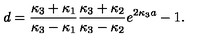
d = { \frac { \kappa _ { 3 } + \kappa _ { 1 } } { \kappa _ { 3 } - \kappa _ { 1 } } } { \frac { \kappa _ { 3 } + \kappa _ { 2 } } { \kappa _ { 3 } - \kappa _ { 2 } } } e ^ { 2 \kappa _ { 3 } a } - 1 .